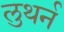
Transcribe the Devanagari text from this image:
लुथर्न